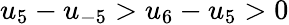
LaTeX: u_{5}-u_{-5}>u_{6}-u_{5}>0